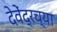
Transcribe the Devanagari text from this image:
देवेंद्रच्या